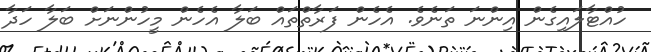
ހުއްޓާލައިގެން އިންނަ ތަނެވެ. އެހެން ފަރާތްތައް ބަލާ އެހެން މީހުންނަށް ބަލާ ހަދާ